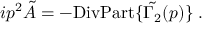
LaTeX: i p ^ { 2 } \tilde { A } = - \mathrm { D i v P a r t } \{ \tilde { \Gamma _ { 2 } } ( p ) \} \; .